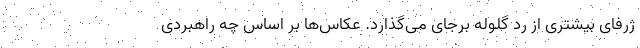
ژرفای بیشتری از ردِّ گلوله برجای می‌گذارد. عکاس‌ها بر اساس چه راهبردی